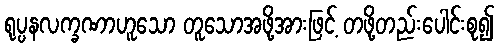
ရုပ္ပနလက္ခဏာဟူသော တူသောအဖို့အားဖြင့် တဖို့တည်းပေါင်းစု၍